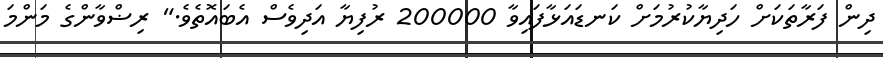
ދިން ފަރާތަކަށް ހަދިޔާކުރުމަށް ކަނޑައަޅާފައިވާ 200000 ރުފިޔާ އަދިވެސް އެބައޮތެވެ." ރިޟްވާންގެ މަންމަ